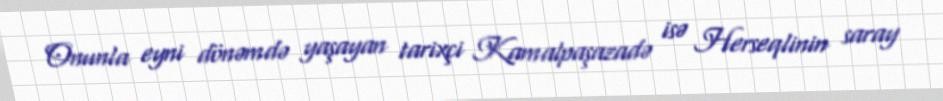
Onunla eyni dönəmdə yaşayan tarixçi Kamalpaşazadə isə Herseqlinin saray